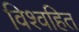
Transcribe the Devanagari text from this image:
विश्वहित